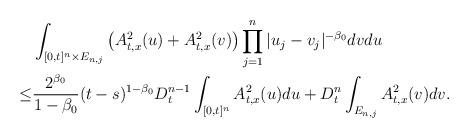
LaTeX: \begin{align*}&\int_{[0,t]^n\times E_{n,j}}\left (A^2_{t,x}(u) +A^2_{t,x}(v)\right)\prod_{j=1}^n|u_j-v_j|^{-\beta_0}dvdu\\\le & \frac{2^{\beta_0}}{1-\beta_0}(t-s)^{1-\beta_0}D_t^{n-1}\int_{[0,t]^n} A^2_{t,x}(u)du+D_t^n \int_{E_{n,j}} A^2_{t,x}(v)dv.\end{align*}